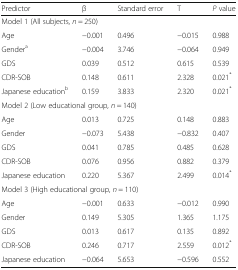
| Predictor | β | Standard error | T | P value |
 | --- | --- | --- | --- | --- |
 | <COLSPAN=5> Model 1 (All subjects, n = 250) |
 | Age | −0.001 | 0.496 | −0.015 | 0.988 |
 | Gendera | −0.004 | 3.746 | −0.064 | 0.949 |
 | GDS | 0.039 | 0.512 | 0.615 | 0.539 |
 | CDR-SOB | 0.148 | 0.611 | 2.328 | 0.021* |
 | Japanese educationb | 0.159 | 3.833 | 2.320 | 0.021* |
 | <COLSPAN=3> Model 2 (Low educational group, n = 140) |  |  |
 | Age | 0.013 | 0.725 | 0.148 | 0.883 |
 | Gender | −0.073 | 5.438 | −0.832 | 0.407 |
 | GDS | 0.041 | 0.785 | 0.485 | 0.628 |
 | CDR-SOB | 0.076 | 0.956 | 0.882 | 0.379 |
 | Japanese education | 0.220 | 5.367 | 2.499 | 0.014* |
 | <COLSPAN=5> Model 3 (High educational group, n = 110) |
 | Age | −0.001 | 0.633 | −0.012 | 0.990 |
 | Gender | 0.149 | 5.305 | 1.365 | 1.175 |
 | GDS | 0.013 | 0.617 | 0.135 | 0.892 |
 | CDR-SOB | 0.246 | 0.717 | 2.559 | 0.012* |
 | Japanese education | −0.064 | 5.653 | −0.596 | 0.552 |